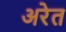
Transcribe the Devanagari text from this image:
अरेत